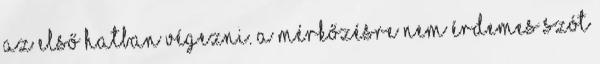
az első hatban végezni. A mérkőzésre nem érdemes szót